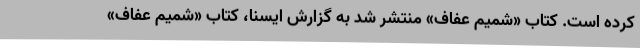
کرده است. کتاب «شمیم عفاف» منتشر شد به گزارش ایسنا، کتاب «شمیم عفاف»